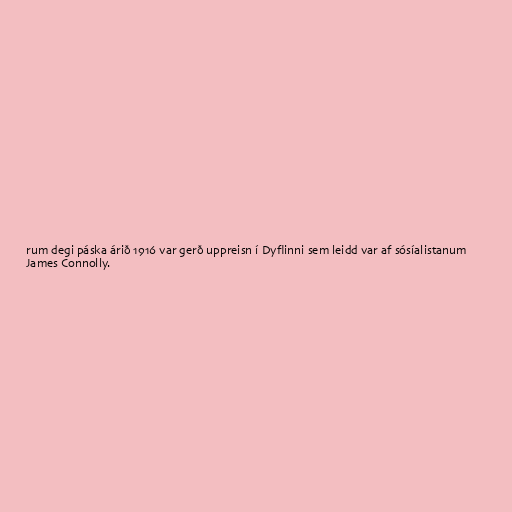
rum degi páska árið 1916 var gerð uppreisn í Dyflinni sem leidd var af sósíalistanum
James Connolly.